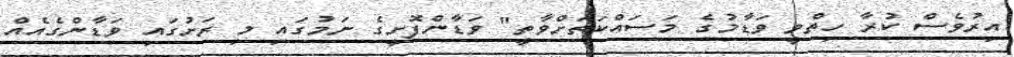
އިރުވެސް ކުރާ ހިތްވީ ވަޑާމުގެ މަސައްކަތަށްވާތީ" ވަޑާންފޮށީގެ ނަމުގައި މި ރަށުގައި ވަޑާންގެއެއް